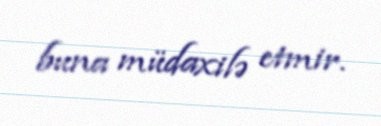
buna müdaxilə etmir.